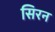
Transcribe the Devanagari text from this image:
सिरन